Annual report on the working of the lock hospitals in the Central Provinces
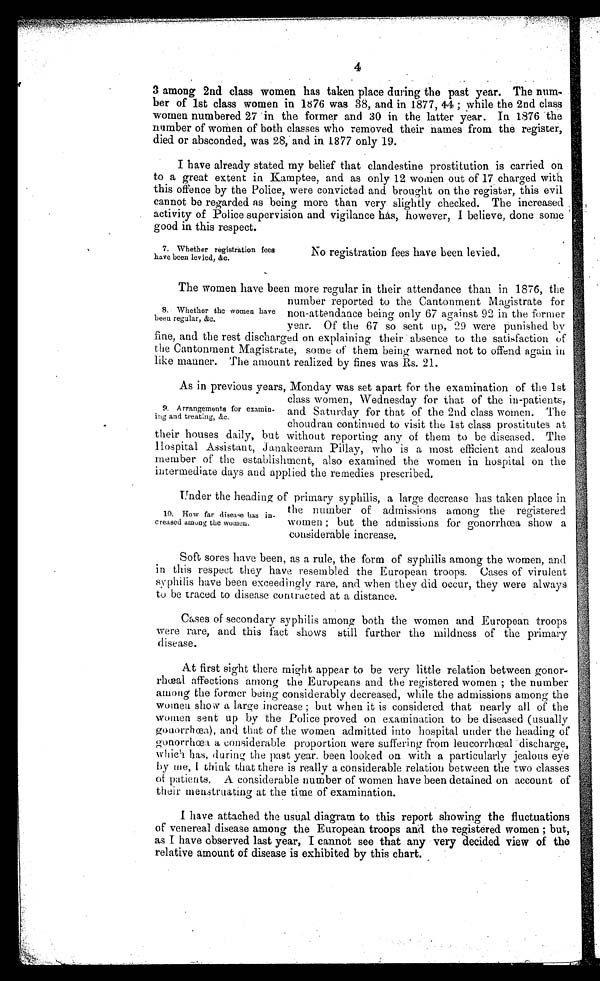
4
3 among 2nd class women has taken place during the past year. The num-
ber of 1st class women in 1876 was 38, and in 1877, 44 ; while the 2nd class
women numbered 2.7 in the former and 30 in the latter year.. In 1876 the
number of women of both classes who removed their names from the register,
died or absconded, was 28, and in 1877 only 19.
I have already stated my belief that clandestine prostitution is carried on
to a great extent in Kamptee, and as only 12 women out of 17 charged with
this offence by the Police, were convicted and brought on the register, this evil
cannot be regarded as being more than very slightly checked. The increased
activity of Police supervision and vigilance has, however, I believe, done some
g
ood in this respect.
7. 'Whether registration fees
have been levied, &c.
No registration fees have been levied.
The women have been more regular in their attendance than in 1876, the
number reported to the Cantonment Magistrate for
non-attendance being only 67 against 92 in the former
year. Of the 67 so sent up, 29 were punished by
fine, and the rest discharged on explaining their absence to the satisfaction of
the Cantonment Magistrate, some of them being warned not to offend again in
like manner. The amount realized by fines was Rs. 21.
As in previous years, Monday was set apart for the examination of the 1st
class women, Wednesday for that of the in-patients,
and Saturday for that of the 2nd class women. The
choudran continued to visit the 1st class prostitutes at
their houses daily, but without reporting any of them to be diseased. The
Hospital Assistant, Janakeeram Pillay, who is a most efficient and zealous
member of the establishment, also examined the women in hospital on the
intermediate days and applied the remedies prescribed.
U n d e r t h e h e a d i n g o f p r i m a r y s y p h i l i s , a l a r g e d e c r e a s e h a s t a k e n p l a c e i n
the number of admissions among the registere d
women ; but the admissions for gonorrhœa show a
considerable increase.
Soft sores have been, as a rule, the form of syphilis among the women, and
in this respect they have resembled the European troops. Cases of virulent
syphilis have been exceedingly rare, and when they did occur, they were always
to be traced to disease contracted at a distance.
Cases of secondary syphilis among both the women and European troops
were rare, and this fact shows still further the mildness of the primary
disease.
At first sight there might appear to be very little relation between gonor-
rhœal affections among the Europeans and the registered women the number
among the former being considerably decreased, while the admissions among the
women show a large increase ; but when it is considered that nearly all of the
women sent up by the Police proved on examination to be diseased (usually
gonorrhœa), and that of the women admitted into hospital under the heading of
gonorrhœa a considerable proportion were suffering from leucorrhœal discharge,
which has, during the past year. been looked on with a particularly jealous eye
b y m e , I t h i n k t h a t t h e r e i s r e a l l y a c o n s i d e r a b l e r e l a t i o n b e t w e e n t h e t w o c l a s s e s
of patients. A considerable number of women have been detained on account of
their menstruating at the time of examination.
I have attached the usual diagram to this report showing the fluctuations
of venereal disease among the European troops and the registered women ; but,
as I have observed last year, I cannot see that any very decided view of the
relative amount of disease is .exhibited by this chart.
8.• Whether the women have
been regular, &e.
9. Arrangements for examin-
ing and treating, &e.
10. How far disease has in-
creased among the women.